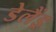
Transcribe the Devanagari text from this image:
डेलैंड्र